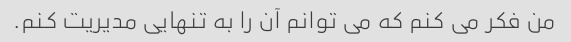
من فکر می کنم که می توانم آن را به تنهایی مدیریت کنم.